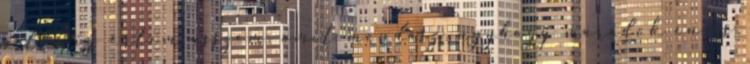
pillu-ig értem asszem, amit mondasz, úgyhogy maradok én is